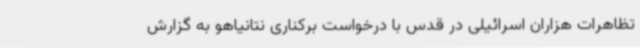
تظاهرات هزاران اسرائیلی در قدس با درخواست برکناری نتانیاهو به گزارش